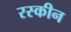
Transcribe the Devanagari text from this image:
रस्कीन